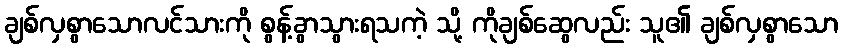
ချစ်လှစွာသောလင်သားကို စွန့်ခွာသွားရသကဲ့ သို့ ကိုချစ်ဆွေလည်း သူ၏ ချစ်လှစွာသော